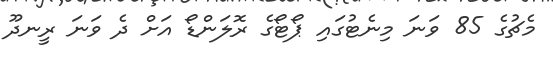
މެޗުގެ 85 ވަނަ މިނެޓުގައި ޕޯޓޯގެ ރޮލަންޑޯ އަށް ދެ ވަނަ ރީނދޫ